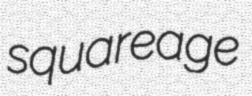
squareage